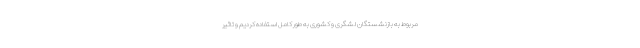
مربوط به بازنشستگان لشگری و کشوری به طور کامل استفاده کردیم و تاثیر